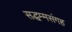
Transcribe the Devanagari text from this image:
सद्धम्मसंगह